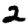
Digit: 2